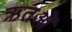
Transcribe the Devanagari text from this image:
ऋतओं